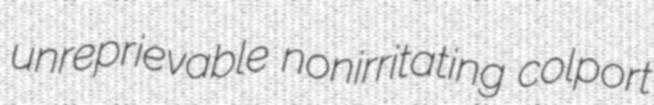
unreprievable nonirritating colport